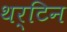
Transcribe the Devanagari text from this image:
थर्टिन